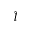
\tilde { l }